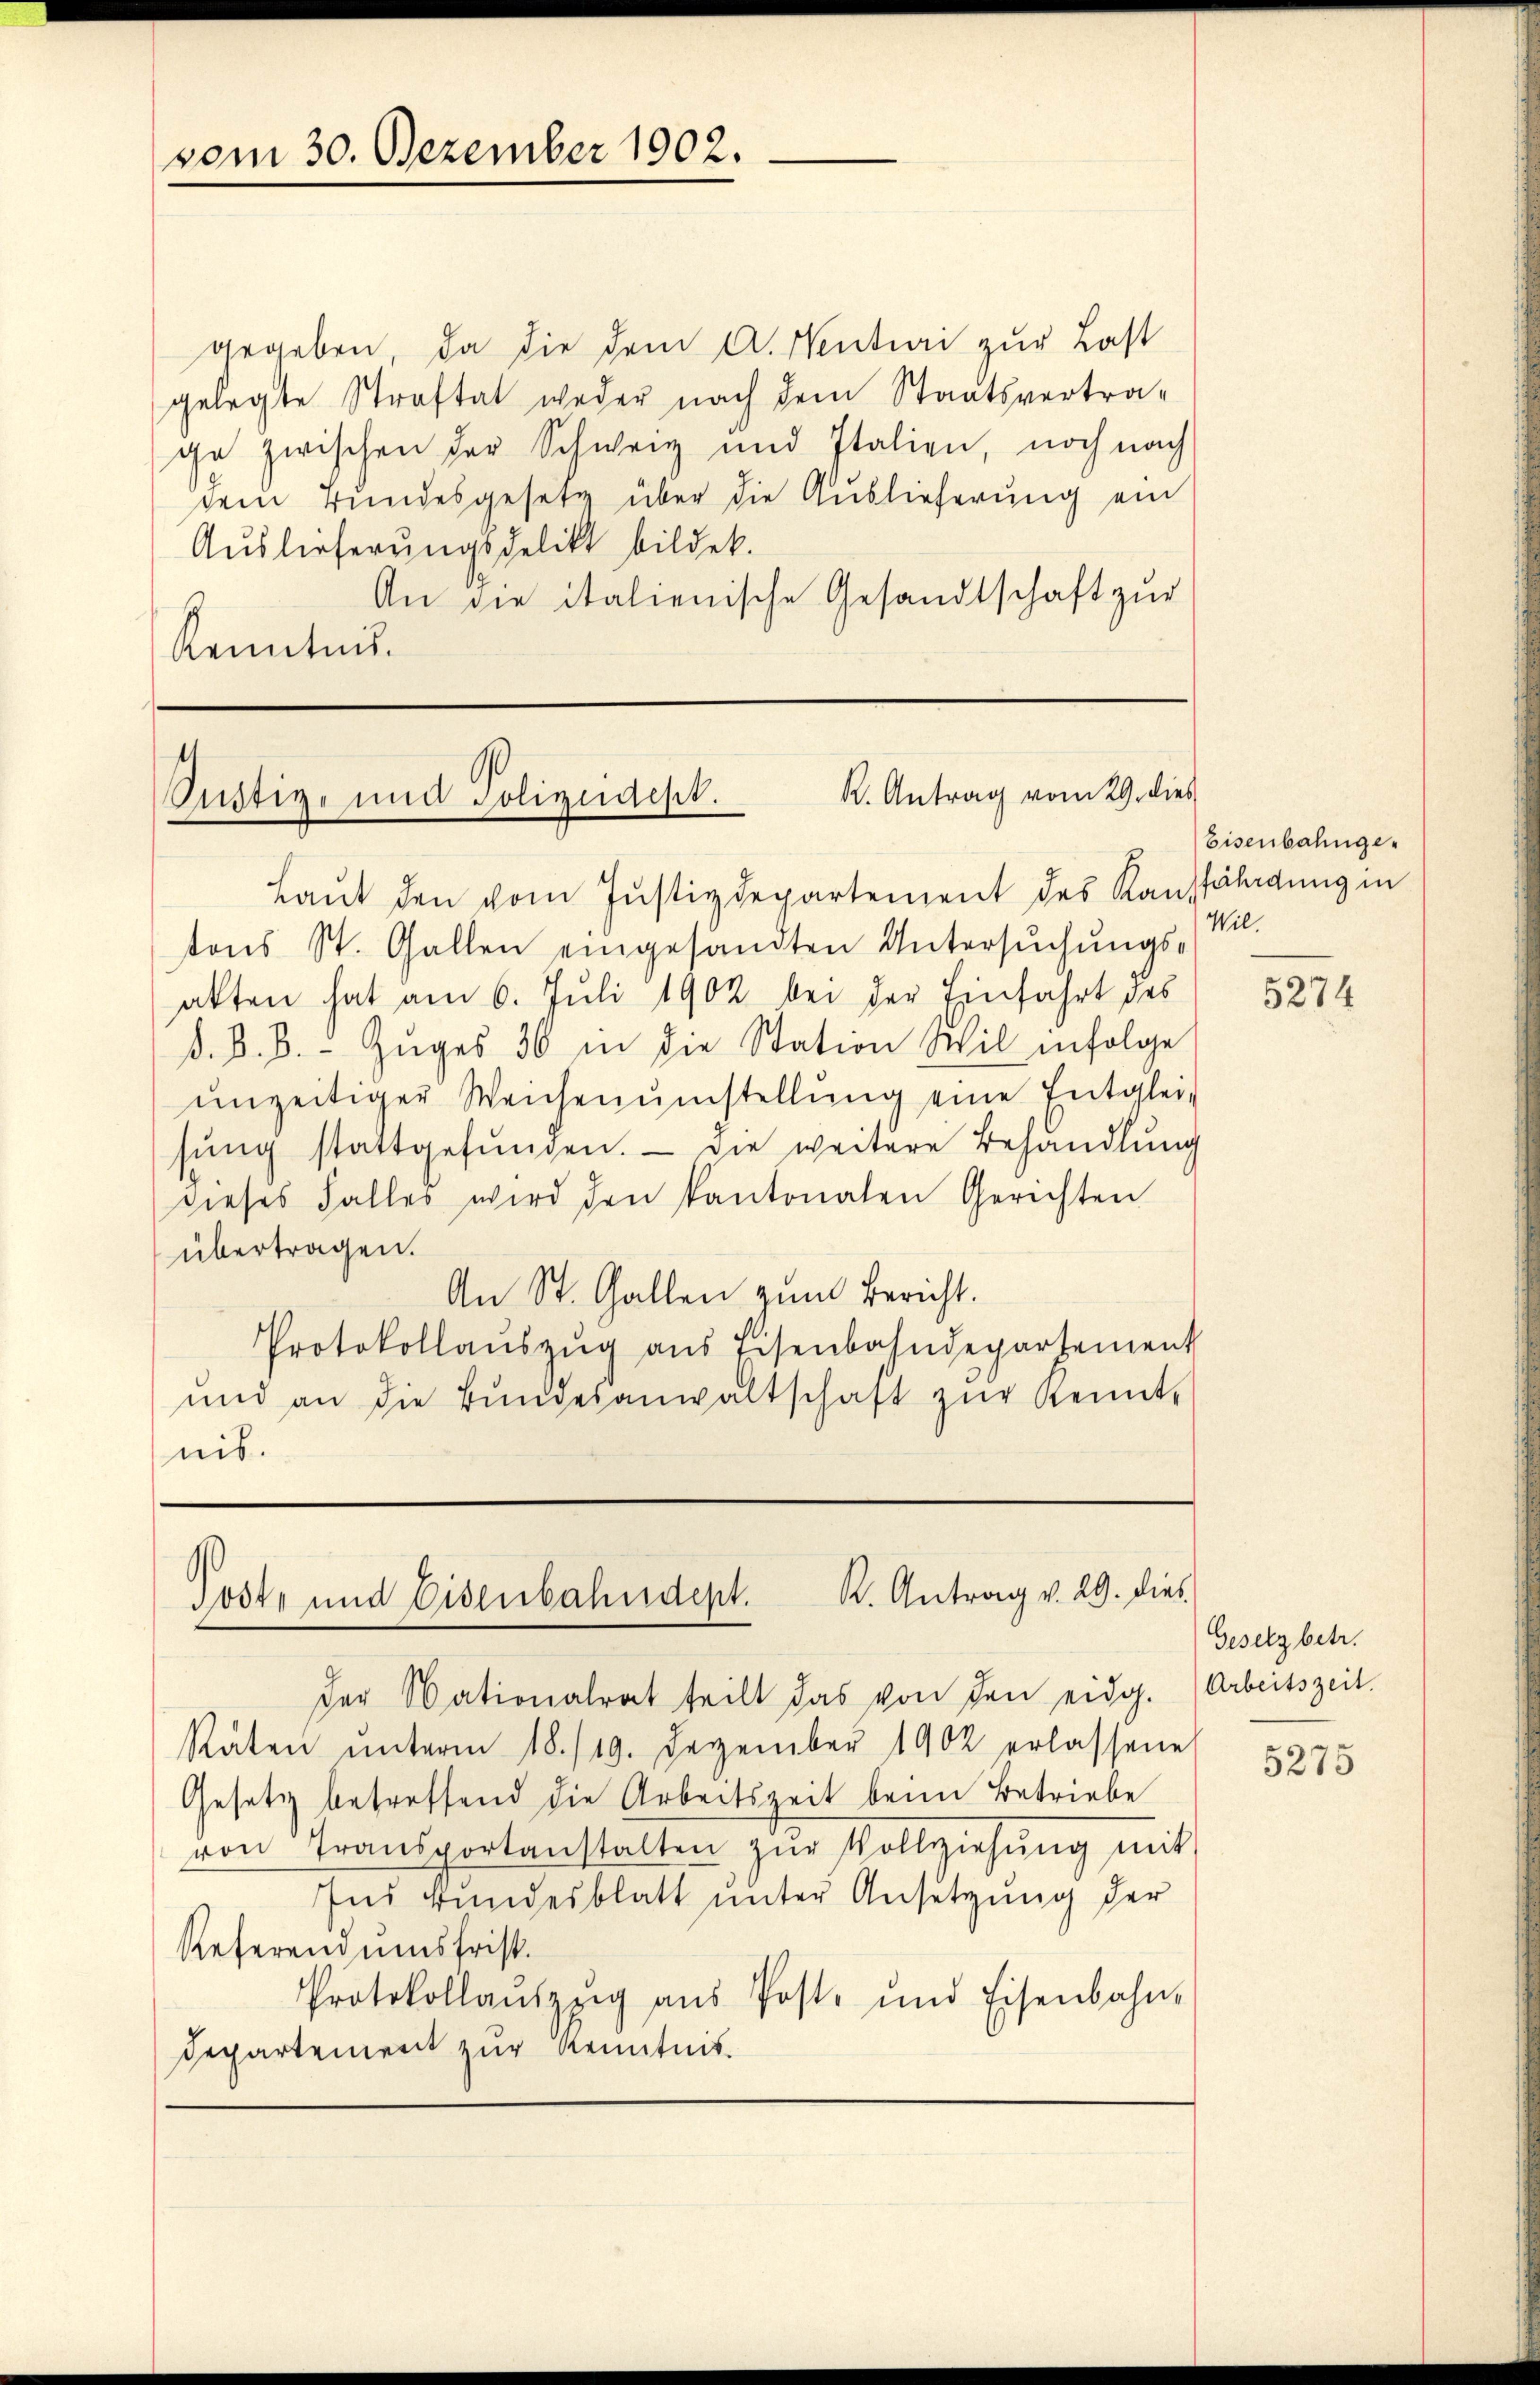
vom 30. Dezember 1902.

gegeben, da die dem A. Wentei zur Last
gelegte Straftat weder nach dem Staatsvertra-
ge zwischen der Schweiz und Italien, noch nach
dein Bundesgesetz über die Auslieferung ein
Auslieferungsdelikt bildet.
An die italienische Gesandtschaft zur
Kenntnis.

f
R. Antrag vom 29. dies
Justiz- und Polizeidest.

Poste und Eisenbahndept. K. Antrag v. 29. dies

der Nationalrat teilt das von den eidg. (Arbeitszeit.
Räten ŭnterm 18./19. Dezember 1902 erlassene
Gesetz betreffend die Arbeitszeit beim Betriebe
von Transportanstalten zŭr Vollziehŭng mit
Ins Bundesblatt unter Ansetzung der
Referendumsfrist.
Protokollaŭszzig aŭs Post- und Eisenbahn-
Departement zur Kenntnis.

Laŭt den vom Justizdepartement des Kauffährdung in
tons St. Gallen eingesandten Untersŭchŭngs-
akten hat am 6. Juli 1902 bei der Einfahrt des
d. B. B. Zŭges 30 in die Station Wil infolge
ŭnzeitiger Weichenŭmstellŭng eine Entglei-
sŭng stattgefŭnden. Die weitere Behandlung
dieses Falles wird den kantonalen Gerichten
übertragen.
An St. Gallen zum Bericht.
Protokollaŭszŭg ans Eisenbahndepartement
ŭnd an die Bŭndesanwaltschaft zŭr Kennt-
nis.

Eisenbahnge¬
Wil.

5274

Gesetz betr.

5275